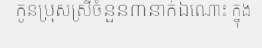
កូនប្រុសស្រីចំនួន៣នាក់ឯណោះ ក្នុង